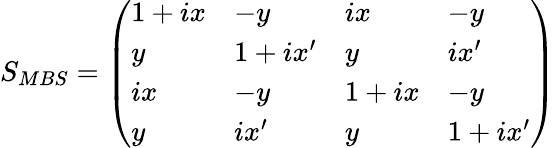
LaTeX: S_{MBS}=\left(\begin{array}{llll}{1+ix}&{-y}&{ix}&{-y}\\ {y}&{1+ix^{\prime}}&{y}&{ix^{\prime}}\\ {ix}&{-y}&{1+ix}&{-y}\\ {y}&{ix^{\prime}}&{y}&{1+ix^{\prime}}\end{array}\right)